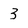
Character: 3